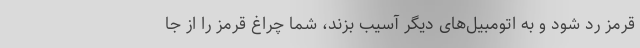
قرمز رد شود و به اتومبیل‌های دیگر آسیب بزند، شما چراغ قرمز را از جا